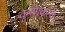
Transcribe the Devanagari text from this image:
कृष्णकृत्ये